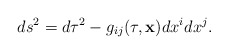
\begin{align*}ds^2=d\tau^2-g_{ij}(\tau,{\bf x})dx^idx^j .\end{align*}